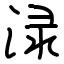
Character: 渌